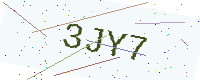
Text: 3JY7